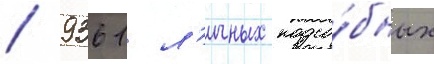
/ 9361 л'ичных подсо́бных